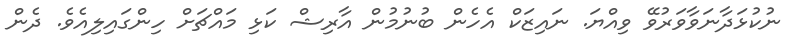
ނުކުޅަދާނަވާވަރުވޭ ވިއްޔަ. ނައިޒަކް އެހެން ބުނުމުން އާރިޝް ކަޅި މައްޗަށް ހިންގައިލިއެވެ. ދެން